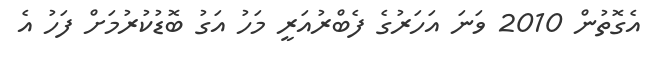
އެގޮތުން 2010 ވަނަ އަހަރުގެ ފެބްރުއަރީ މަހު އަގު ބޮޑުކުރުމަށް ފަހު އެ